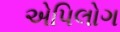
એપિલોગ